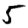
Digit: 5